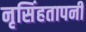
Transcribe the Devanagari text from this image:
नृसिंहतापनी